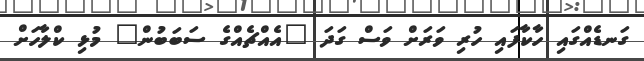
ގަނޑެއްގައި ހާކާފައި ހުރި ވަރަށް ވަސް ގަދަ "އެއްޗެއްގެ ސަބަބުން" މުޅި ކްލާހަށް